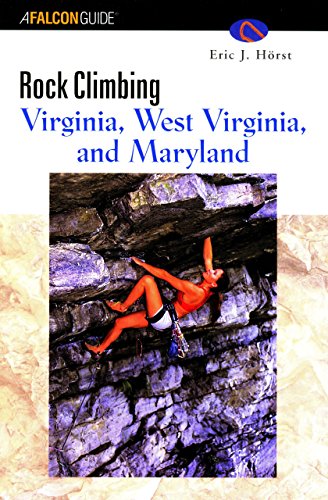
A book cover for Rock Climbing Virginia, West Virginia, and Maryland (Regional Rock Climbing Series); Eric J. Horst; Sports & Outdoors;